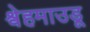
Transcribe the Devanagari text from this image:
श्वेहमाउडू